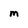
Character: M